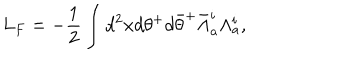
LaTeX: L _ { F } = - \frac { 1 } { 2 } \int d ^ { 2 } x d \theta ^ { + } d { \bar { \theta } } ^ { + } { \bar { \Lambda } } _ { a } ^ { i } \Lambda _ { a } ^ { i } ,